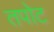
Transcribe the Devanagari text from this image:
तपोट